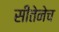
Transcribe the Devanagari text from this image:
सीतेनेच